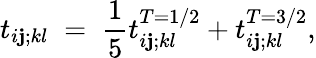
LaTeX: t_{i\mathbf{j};kl}\; =\; \frac{1}{5}t_{i\mathbf{j};kl}^{T=1/2}+t_{i\mathbf{j};kl}^{T=3/2},